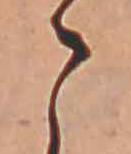
こ